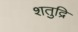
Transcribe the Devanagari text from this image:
शतुद्रि